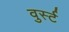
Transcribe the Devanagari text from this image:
वुर्स्ट